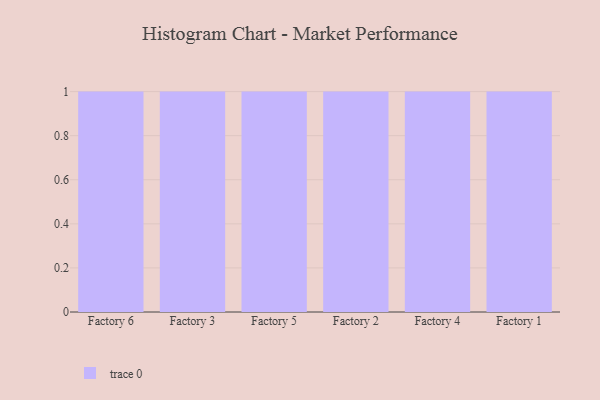
{"axis": {"x": "Factory", "y": "Market Share (%)"}, "legend": [""], "data": [{"x": "Factory 6", "y": 88, "type": ""}, {"x": "Factory 3", "y": 51, "type": ""}, {"x": "Factory 5", "y": 73, "type": ""}, {"x": "Factory 2", "y": 22, "type": ""}, {"x": "Factory 4", "y": 6, "type": ""}, {"x": "Factory 1", "y": 13, "type": ""}]}